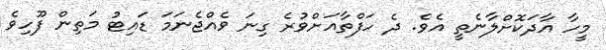
މީހާ އާދަކޮށްލާނެތީ އެވެ. ދެ ހަފްތާއަށްވުރެ ގިނަ ވެއްޖެނަމަ ޑައިޓު މަތިން ފޫހިވެ